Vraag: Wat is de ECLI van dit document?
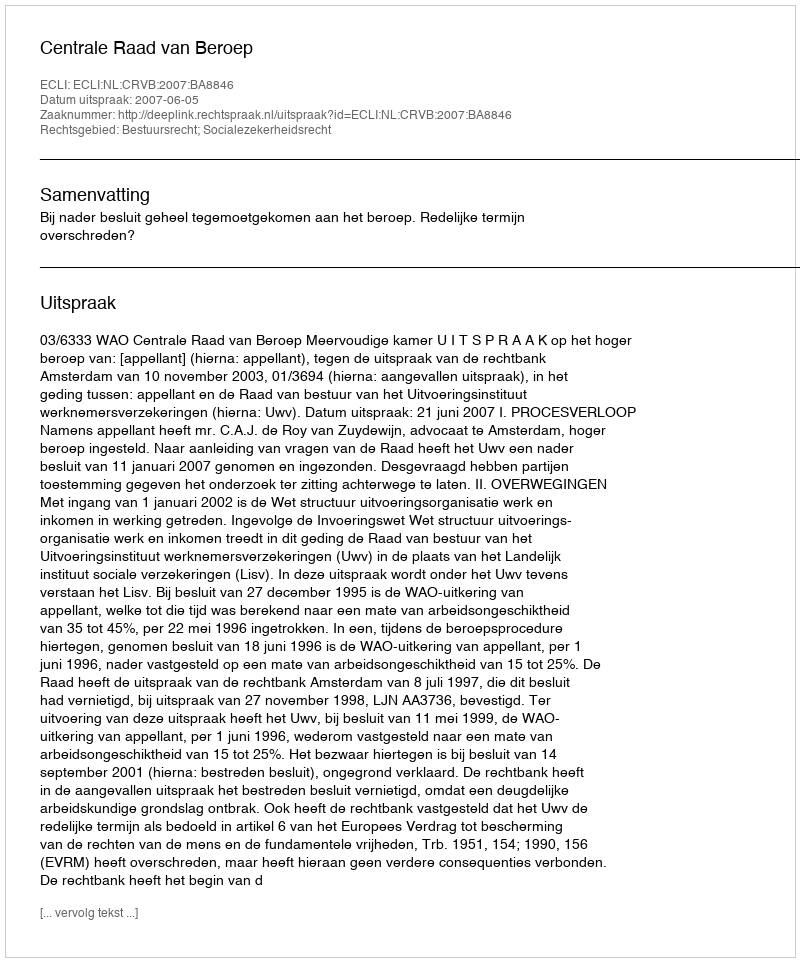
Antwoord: ECLI:NL:CRVB:2007:BA8846